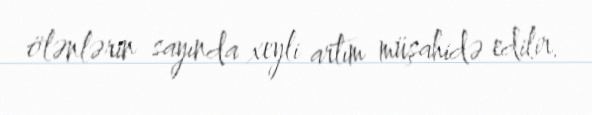
ölənlərin sayında xeyli artım müşahidə edilir.